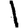
Digit: 1